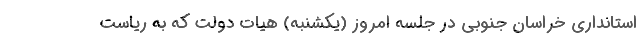
استانداری خراسان جنوبی در جلسه امروز (یکشنبه) هیات دولت که به ریاست